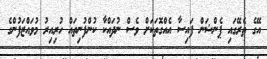
އޭގެ ތެރޭގައި ޕެންޝަން ފައިސާ އެއްގޮތަކަށް ވެސް ނުދައްކާ ކުންފުނިތައް ހުރިއިރު މުވައްޒަފުންގެ